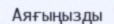
Аяғыңызды